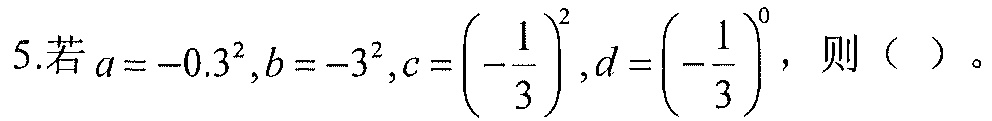
5.若\(a = -0.3^{2},b = -3^{2},c = (-\frac{1}{3})^{2},d = (-\frac{1}{3})^{0}\)，则（  ）。